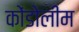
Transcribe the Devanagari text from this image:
कोंडोलीम